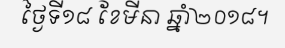
ថ្ងៃទី១៨ ខែមីនា ឆ្នាំ២០១៨។